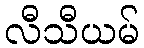
လီသီယမ်